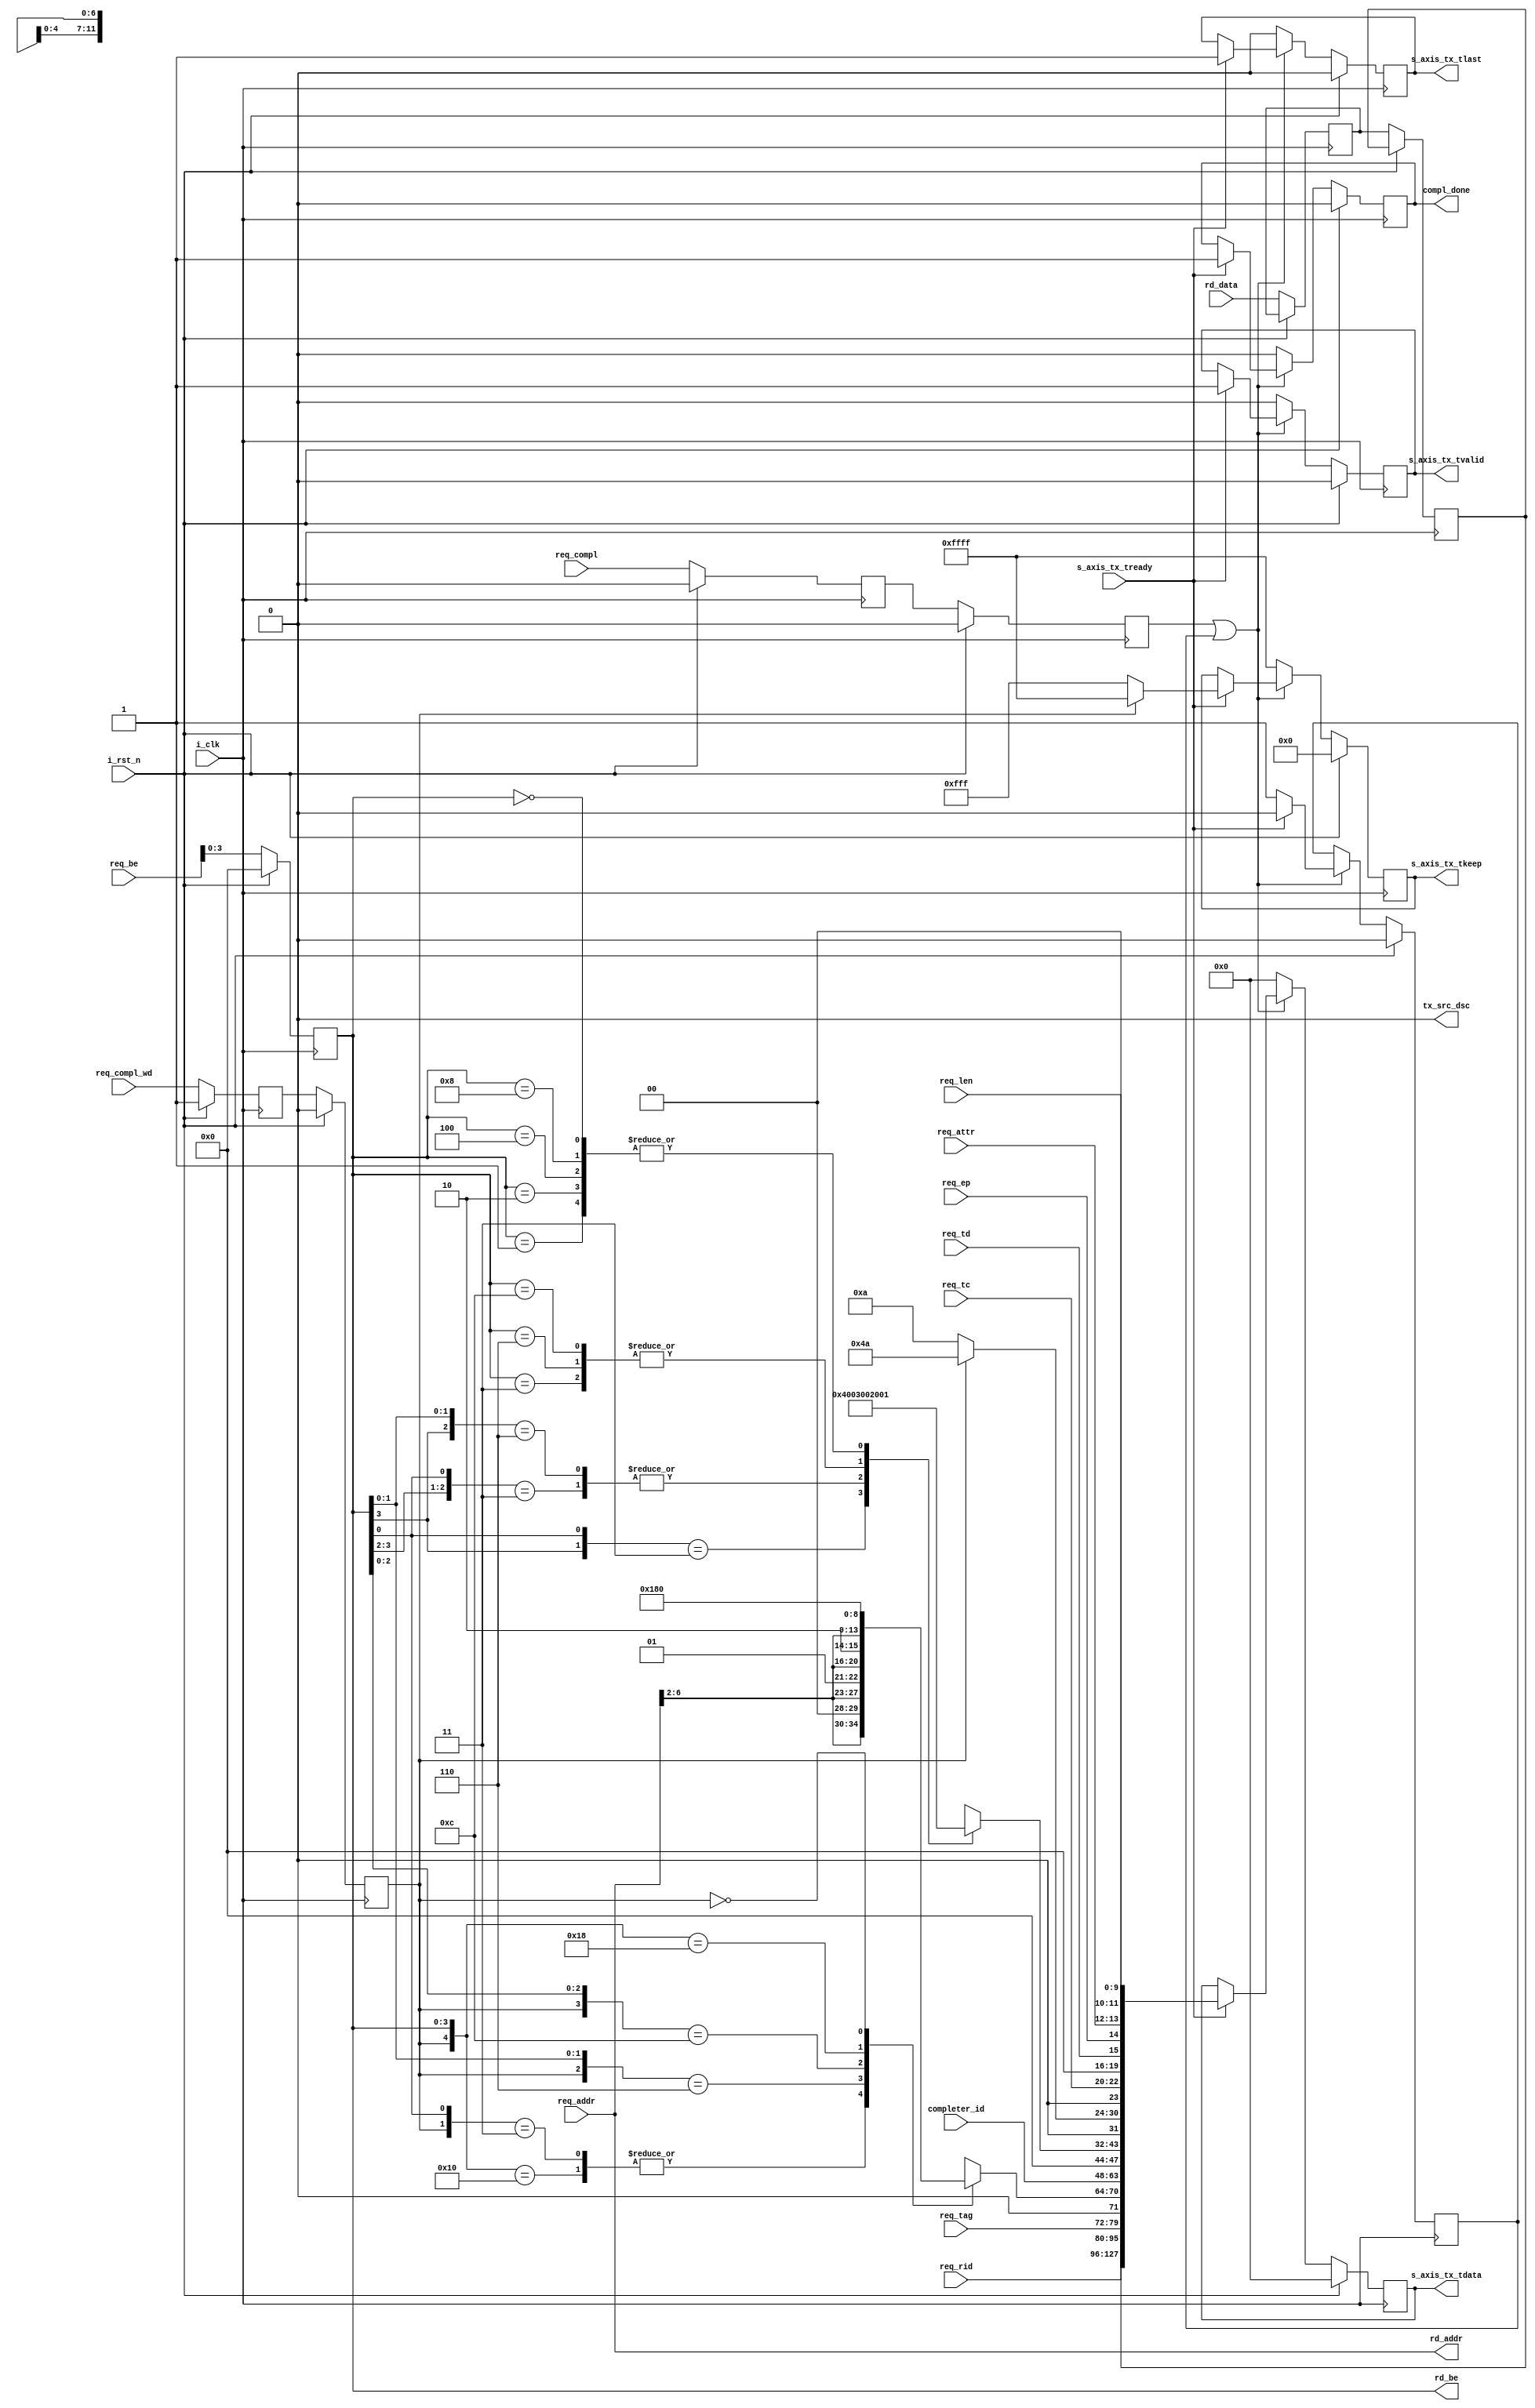
// Name: Tim Burkert
// Desc: PCIE Endpoint converting Xilinx PCIE IP-Core to AXI and DMA Module

`define DEFAULT(A,B) A = B;
`define APPLY(A,B) B <= A;

module xilinx_pcie_completer #(
    parameter P_DATA_WIDTH = 128,
    parameter P_KEEP_WIDTH = P_DATA_WIDTH / 8
    )(
    input wire          i_clk,
    input wire          i_rst_n,

    // AXIS
    input wire                      s_axis_tx_tready,
    output  reg [P_DATA_WIDTH-1:0]  s_axis_tx_tdata,
    output  reg [P_KEEP_WIDTH-1:0]  s_axis_tx_tkeep,
    output  reg                     s_axis_tx_tlast,
    output  reg                     s_axis_tx_tvalid,
    output  wire                    tx_src_dsc,

    input wire          req_compl,
    input wire          req_compl_wd,
    output reg          compl_done,

    input wire [2:0]    req_tc,
    input wire          req_td,
    input wire          req_ep,
    input wire [1:0]    req_attr,
    input wire [9:0]    req_len,
    input wire [15:0]   req_rid,
    input wire [7:0]    req_tag,
    input wire [7:0]    req_be,
    input wire [31:0]   req_addr,

    output wire [31:0]  rd_addr,
    output reg [3:0]    rd_be,
    input wire [31:0]   rd_data,
    input wire [15:0]   completer_id
    );


localparam PIO_CPLD_FMT_TYPE      = 7'b10_01010;
localparam PIO_CPL_FMT_TYPE       = 7'b00_01010;
localparam PIO_TX_RST_STATE       = 2'b00;
localparam PIO_TX_CPLD_QW1_FIRST  = 2'b01;
localparam PIO_TX_CPLD_QW1_TEMP   = 2'b10;
localparam PIO_TX_CPLD_QW1        = 2'b11;

assign rd_addr = req_addr[31:0];

// Unused discontinue
assign tx_src_dsc = 1'b0;

// Local registers
reg [11:0] byte_count;

always @ (rd_be) begin
        casex (rd_be[3:0])
                4'b1xx1 : byte_count = 12'h004;
                4'b01x1 : byte_count = 12'h003;
                4'b1x10 : byte_count = 12'h003;
                4'b0011 : byte_count = 12'h002;
                4'b0110 : byte_count = 12'h002;
                4'b1100 : byte_count = 12'h002;
                4'b0001 : byte_count = 12'h001;
                4'b0010 : byte_count = 12'h001;
                4'b0100 : byte_count = 12'h001;
                4'b1000 : byte_count = 12'h001;
                4'b0000 : byte_count = 12'h001;
        endcase
end

always @(posedge i_clk) begin
    if (i_rst_n)
    begin
     rd_be <=  0;
    end else begin
     rd_be <= req_be[3:0];
    end
  end

reg [6:0] lower_addr;
reg hold_state;
reg req_compl_q;
reg [31:0] rd_data_q;
reg req_compl_wd_q;
reg req_compl_q2;
reg [31:0] rd_data_q2;
reg req_compl_wd_q2;

wire compl_wd = req_compl_wd_q2;

always @ (rd_be or req_addr or compl_wd) begin
        casex ({compl_wd, rd_be[3:0]})
                5'b1_0000 : lower_addr = {req_addr[6:2], 2'b00};
                5'b1_xxx1 : lower_addr = {req_addr[6:2], 2'b00};
                5'b1_xx10 : lower_addr = {req_addr[6:2], 2'b01};
                5'b1_x100 : lower_addr = {req_addr[6:2], 2'b10};
                5'b1_1000 : lower_addr = {req_addr[6:2], 2'b11};
                5'b0_xxxx : lower_addr = 8'h0;
        endcase // casex ({compl_wd, rd_be[3:0]})
end


always @ ( posedge i_clk ) begin
  if (i_rst_n )
  begin
    req_compl_q      <= 1'b0;
    req_compl_wd_q   <= 1'b1;
  end // if !rst_n
  else
  begin
    rd_data_q <= rd_data;
    req_compl_q      <= req_compl;
    req_compl_wd_q   <= req_compl_wd;
  end // if rst_n
end

always @ ( posedge i_clk ) begin
  if (i_rst_n)
  begin
    req_compl_q2      <=  1'b0;
    req_compl_wd_q2   <=  1'b0;
  end // if (!rst_n )
  else
  begin
    rd_data_q2 <= rd_data_q;
    req_compl_q2      <=  req_compl_q;
    req_compl_wd_q2   <=  req_compl_wd_q;
  end // if (rst_n )
end

always @ ( posedge i_clk ) begin
        if (i_rst_n) begin
                s_axis_tx_tlast   <=  1'b0;
                s_axis_tx_tvalid  <=  1'b0;
                s_axis_tx_tdata   <=  {P_DATA_WIDTH{1'b0}};
                s_axis_tx_tkeep   <=  {P_KEEP_WIDTH{1'b0}};
                compl_done        <=  1'b0;
                hold_state        <=  1'b0;
        end else begin
        if (req_compl_q2 | hold_state) begin
                if (s_axis_tx_tready) begin
                        s_axis_tx_tlast   <=  1'b1;
                        s_axis_tx_tvalid  <=  1'b1;
                        s_axis_tx_tdata   <=  {                   // Bits
                                            rd_data_q2,                  // 32
                                            req_rid,                  // 16
                                            req_tag,                  //  8
                                            {1'b0},                   //  1
                                            lower_addr,               //  7
                                            completer_id,             // 16
                                            {3'b0},                   //  3
                                            {1'b0},                   //  1
                                            byte_count,               // 12
                                            {1'b0},                   //  1
                                            (req_compl_wd_q2 ?
                                            PIO_CPLD_FMT_TYPE :
                                            PIO_CPL_FMT_TYPE),        //  7
                                            {1'b0},                   //  1
                                            req_tc,                   //  3
                                            {4'b0},                   //  4
                                            req_td,                   //  1
                                            req_ep,                   //  1
                                            req_attr,                 //  2
                                            {2'b0},                   //  2
                                            req_len                   // 10
                                            };

                        // Here we select if the packet has data or
                        // not.  The strobe signal will mask data
                        // when it is not needed.  No reason to change
                        // the data bus.
                        if (req_compl_wd_q2)
                          s_axis_tx_tkeep   <=  16'hFFFF;
                        else
                          s_axis_tx_tkeep   <=  16'h0FFF;

                        compl_done        <=  1'b1;
                        hold_state        <=  1'b0;

                end // if (s_axis_tx_tready)
                else
                        hold_state        <=  1'b1;

        end // if (req_compl_q2 | hold_state)
    else begin
              s_axis_tx_tlast   <=  1'b0;
              s_axis_tx_tvalid  <=  1'b0;
              s_axis_tx_tdata   <=  {P_DATA_WIDTH{1'b0}};
              s_axis_tx_tkeep   <=  {P_KEEP_WIDTH{1'b1}};
              compl_done        <=  1'b0;
    end // if !(req_compl_q2 | hold_state)
  end // if rst_n
end

endmodule